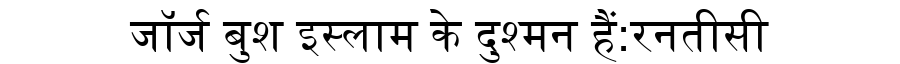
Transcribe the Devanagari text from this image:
जॉर्ज बुश इस्लाम के दुश्मन हैं:रनतीसी